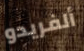
ألفريدو